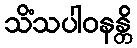
သိံသပါဝနန္တိ